Report on enteric fever
Disease focus: Fever
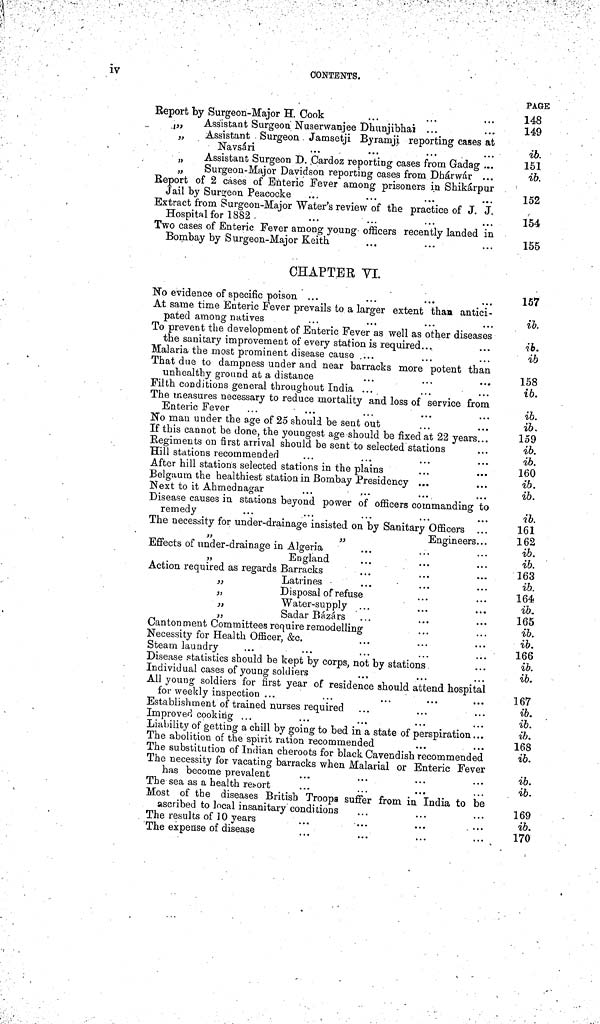
iv
CONTENTS.
Report by Surgeon-Major H. Cook
„
Assistant Surgeon' Nuserwanjee Dhunjibhai ...
„
Assistant Surgeon . Jamsetji Byramji reporting cases at
Navsári
„
Assistant Surgeon D. ,Cardoz reporting cases from Gadag ...
„
Surgeon-Major Davidson reporting cases from Dhárwár ...
Report of 2 cases of Enteric Fever among prisoners in Shikárpur
Jail by Surgeon Peacocke
Extract from Surgeon-Major Water's review of the practice of J. J.
Hospital for 1882 .
Two cases of Enteric Fever among young officers recently landed in
Bombay by S urgeon-Major Keith
CHAPTER VI.
No evidence of specific poison ...
At same time Enteric Fever prevails to a larger extent than antici-
pated among natives
To prevent the development of Enteric Fever as well as other diseases
the sanitary improvement of every station is required....
Malaria the most prominent disease cause ....
That due to dampness under and near barracks more potent than
unhealthy ground at a distance
Filth conditions general throughout India ...
The measures necessary to reduce mortality and loss of service from
Enteric Fever
No man under the age of 25 should be sent out
If this cannot be done, the youngest age should be fixed at 22 years...
Regiments on first arrival should be sent to selected stations
Hill stations recommended
After hill stations selected stations in the plains
Belgaum the healthiest station in Bombay Presidency ...
Next to it Ahmednagar
Disease causes in stations beyond power of officers commanding to
remedy
The necessity for under-drainage insisted on by Sanitary Officers . . .
,,
„
Engineers...
Effects of under-drainage in Algeria
„
England
Action required as regards Barracks
,,
Latrines
„
Disposal of refuse
„
Water-supply ...
„
Sadar Bázárs
Cantonment Committees require remodelling
Necessity for Health Officer, &c.
Steam laundry
Disease statistics should be kept by corps, not by stations .
Individual cases of young soldiers
All young soldiers for first year of residence should attend hospital
for weekly inspection ...
...
...
Establishment of trained nurses required
Improved cooking ...
Liability of getting a chill by going to bed in a state of perspiration ...
The abolition of the spirit ration recommended
The substitution of Indian cheroots for black Cavendish recommended
The necessity for vacating barracks when Malarial or Enteric Fever
has become prevalent
The sea as a health retort
Most of the diseases British Troops suffer from in India to be
ascribed to local insanitary conditions
The results of 10 years
The expense of disease
PAGE
148
149
ib.
151
ib.
152
154
155
157
ib.
ib.
ib
158
ib.
ib.
ib.
159
ib.
ib.
160
ib.
ib.
ib.
161
162
ib.
ib.
163
ib.
164
ib.
165
ib.
ib.
166
ib.
ib.
167
ib.
ib.
ib.
168
ib.
ib.
ib.
169
ib.
170